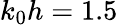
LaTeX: k_{0}h=1.5